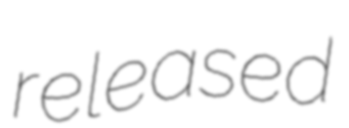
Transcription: released